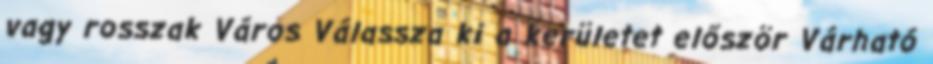
vagy rosszak Város Válassza ki a kerületet először Várható